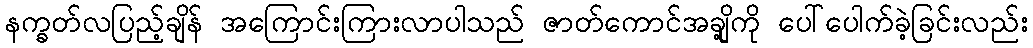
နက္ခတ်လပြည့်ချိန် အကြောင်းကြားလာပါသည် ဇာတ်ကောင်အချို့ကို ပေါ်ပေါက်ခဲ့ခြင်းလည်း